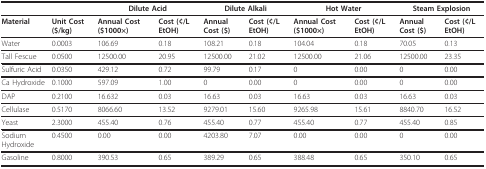
<table><thead><tr><td></td><td></td><td colspan="2"><b>Dilute Acid</b></td><td colspan="2"><b>Dilute Alkali</b></td><td colspan="2"><b>Hot Water</b></td><td colspan="2"><b>Steam Explosion</b></td></tr></thead><tbody><tr><td><b>Material</b></td><td><b>Unit Cost ($/kg)</b></td><td><b>Annual Cost ($1000×)</b></td><td><b>Cost (¢/L EtOH)</b></td><td><b>Annual Cost ($)</b></td><td><b>Cost (¢/L EtOH)</b></td><td><b>Annual Cost ($1000×)</b></td><td><b>Cost (¢/L EtOH)</b></td><td><b>Annual Cost ($)</b></td><td><b>Cost (¢/L EtOH)</b></td></tr><tr><td>Water</td><td>0.0003</td><td>106.69</td><td>0.18</td><td>108.21</td><td>0.18</td><td>104.04</td><td>0.18</td><td>70.05</td><td>0.13</td></tr><tr><td>Tall Fescue</td><td>0.0500</td><td>12500.00</td><td>20.95</td><td>12500.00</td><td>21.02</td><td>12500.00</td><td>21.06</td><td>12500.00</td><td>23.35</td></tr><tr><td>Sulfuric Acid</td><td>0.0350</td><td>429.12</td><td>0.72</td><td>99.79</td><td>0.17</td><td>0</td><td>0.00</td><td>0</td><td>0.00</td></tr><tr><td>Ca Hydroxide</td><td>0.1000</td><td>597.09</td><td>1.00</td><td>0</td><td>0.00</td><td>0</td><td>0.00</td><td>0</td><td>0.00</td></tr><tr><td>DAP</td><td>0.2100</td><td>16.632</td><td>0.03</td><td>16.63</td><td>0.03</td><td>16.63</td><td>0.03</td><td>16.63</td><td>0.03</td></tr><tr><td>Cellulase</td><td>0.5170</td><td>8066.60</td><td>13.52</td><td>9279.01</td><td>15.60</td><td>9265.98</td><td>15.61</td><td>8840.70</td><td>16.52</td></tr><tr><td>Yeast</td><td>2.3000</td><td>455.40</td><td>0.76</td><td>455.40</td><td>0.77</td><td>455.40</td><td>0.77</td><td>455.40</td><td>0.85</td></tr><tr><td>Sodium Hydroxide</td><td>0.4500</td><td>0.00</td><td>0.00</td><td>4203.80</td><td>7.07</td><td>0.00</td><td>0.00</td><td>0</td><td>0.00</td></tr><tr><td>Gasoline</td><td>0.8000</td><td>390.53</td><td>0.65</td><td>389.29</td><td>0.65</td><td>388.48</td><td>0.65</td><td>350.10</td><td>0.65</td></tr></tbody></table>